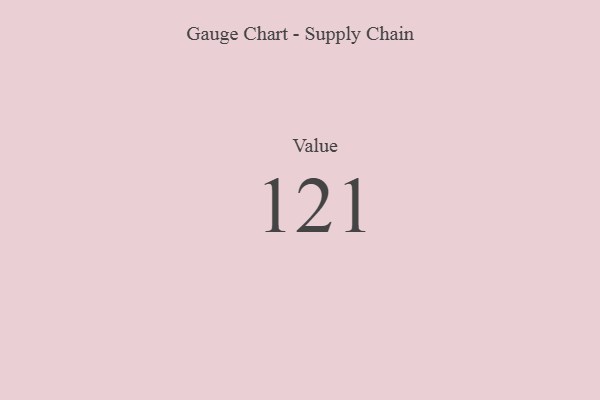
{"axis": {"x": "Metric", "y": "Value"}, "legend": [""], "data": [{"x": "Value", "y": 121, "type": ""}]}